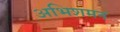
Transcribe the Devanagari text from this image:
अभिशमन